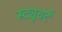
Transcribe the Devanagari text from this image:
स्ट्यूवर्ट